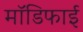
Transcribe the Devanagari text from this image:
मॉडिफाई